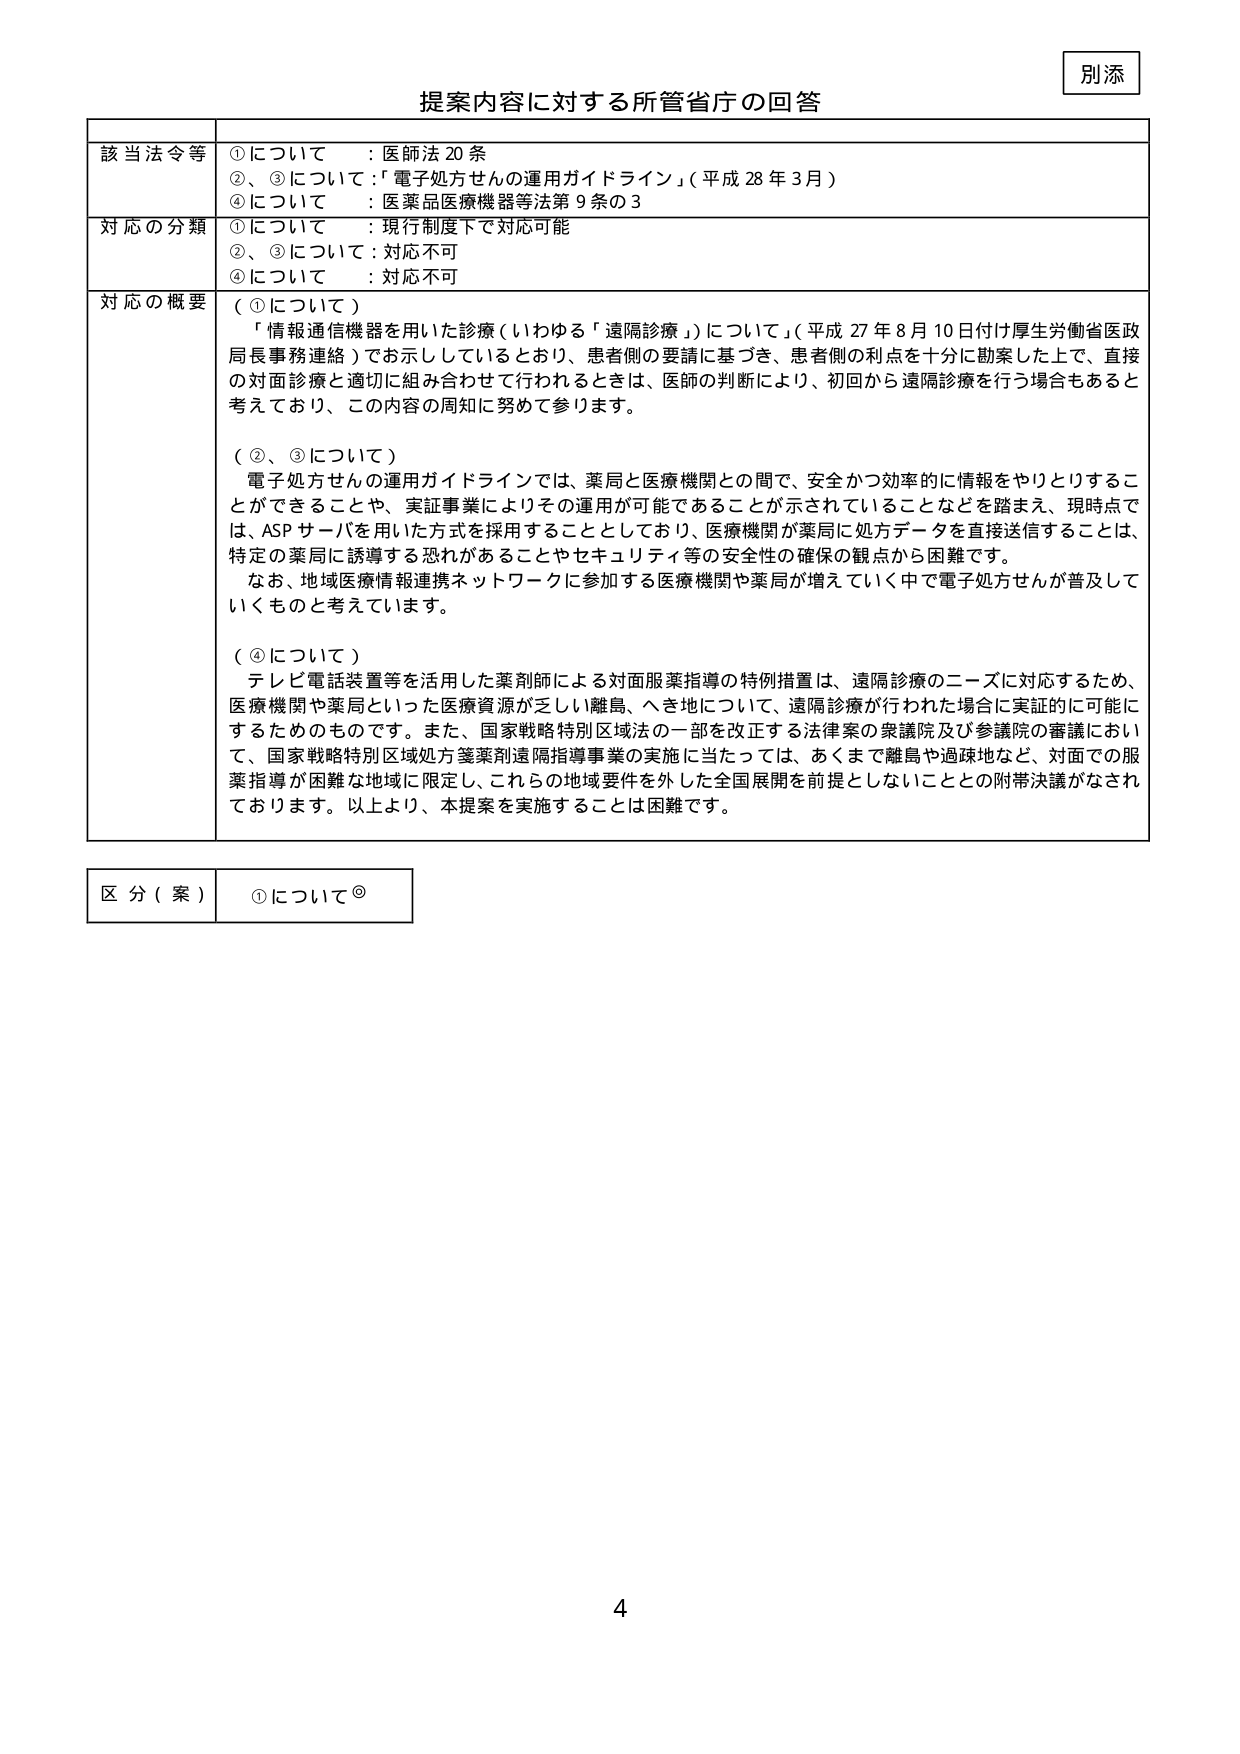
別添

提案内容に対する所管省庁の回答

該当法令等
①について ：医師法20条
②、③について：「電子処方せんの運用ガイドライン」（平成28年3月）
④について ：医薬品医療機器等法第9条の3

対応の分類
①について ：現行制度下で対応可能
②、③について：対応不可
④について ：対応不可

対応の概要
（①について）
「情報通信機器を用いた診療（いわゆる「遠隔診療」）について」（平成27年8月10日付け厚生労働省医政局長事務連絡）でお示ししているとおり、患者側の要請に基づき、患者側の利点を十分に勘案した上で、直接の対面診療と適切に組み合わせて行われるとき、医師の判断により、初回から遠隔診療を行う場合もあると考えており、この内容の周知に努めて参ります。

（②、③について）
電子処方せんの運用ガイドラインでは、薬局と医療機関との間で、安全かつ効率的に情報をやりとりすることができるこ とや、実証事業によりその運用が可能であることが示されていることなどを踏まえ、現時点では、ASPサーバを用いた方式を採用することとしており、医療機関が薬局に処方データを直接送信することは、特定の薬局に誘導する恐れがあることやセキュリティ等の安全性の確保の観点から困難です。
なお、地域医療情報連携ネットワークに参加する医療機関や薬局が増えていく中で電子処方せんが普及していくものと考えています。

（④について）
テレビ電話装置等を活用した薬剤師による対面服薬指導の特例措置は、遠隔診療のニーズに対応するため、医療機関や薬局といった医療資源が乏しい離島、へき地について、遠隔診療が行われた場合に実証的に可能にするためのものです。また、国家戦略特別区域法の一部を改正する法律案の衆議院及び参議院の審議において、国家戦略特別区域処方箋薬剤遠隔指導事業の実施に当たっては、あくまで離島や過疎地など、対面での服薬指導が困難な地域に限定し、これらの地域要件を外した全国展開を前提としないこととの附帯決議がなされております。以上より、本提案を実施することは困難です。

区分（案）
①について◎

4